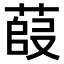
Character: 𫈿